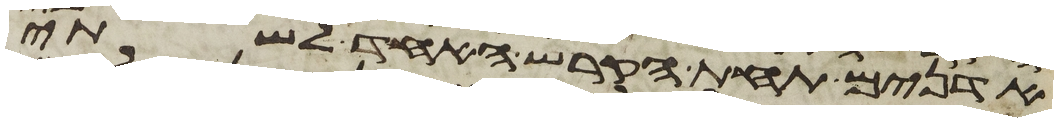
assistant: אדנים תחת הקרש האחד לשתי